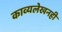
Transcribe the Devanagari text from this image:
काव्यलेखनही